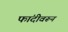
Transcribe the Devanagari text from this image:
फांदीवरून